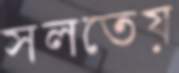
সলতেয়